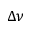
\Delta \nu